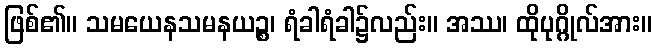
ဖြစ်၏။ သမယေနသမနယဉ္စ၊ ရံခါရံခါ၌လည်း။ အဿ၊ ထိုပုဂ္ဂိုလ်အား။